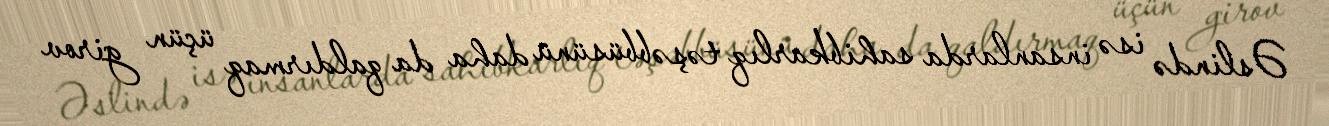
Əslində isə insanlarda sahibkarlıq təşəbbüsünü daha da qaldırmaq üçün girov